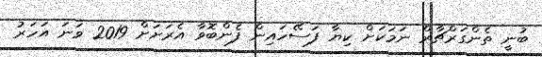
ބުނީ ތެންގަރްޗާރް ނަމަކަށް ކިޔާ ފަސޭހައިން ފެންބޮވާ އެރަށަށް 2019 ވަނަ އަހަރު